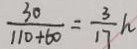
\frac { 3 0 } { 1 1 0 + 6 0 } = \frac { 3 } { 1 7 } h